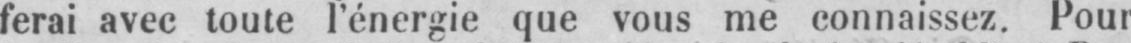
ferai avec toute l’énergie que vous me connaissez. Pour